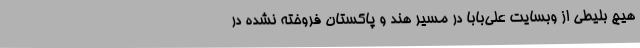
هیچ بلیطی از وبسایت علی‌بابا در مسیر هند و پاکستان فروخته نشده در